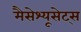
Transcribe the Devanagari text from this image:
मैसेश्यूसेट्स